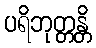
ပရိဘုတ္တန္တိ